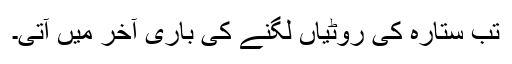
تب ستارہ کی روٹیاں لگنے کی باری آخر میں آتی۔